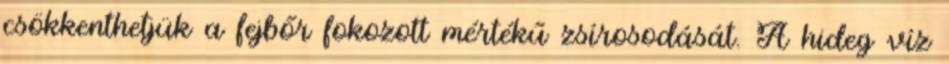
csökkenthetjük a fejbőr fokozott mértékű zsírosodását. A hideg víz